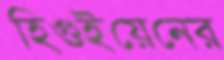
হিগুইয়েনের